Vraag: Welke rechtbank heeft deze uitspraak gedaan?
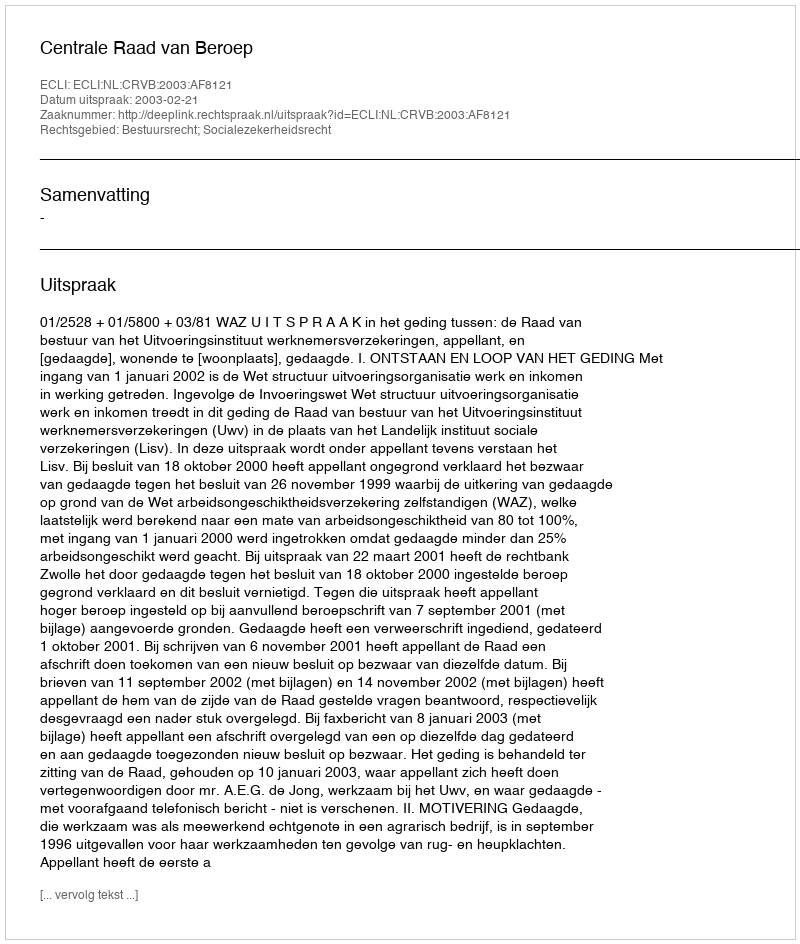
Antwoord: Centrale Raad van Beroep